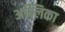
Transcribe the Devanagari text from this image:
अम्लिका